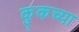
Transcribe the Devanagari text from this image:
कुकच्या